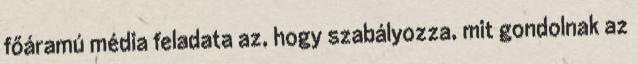
főáramú média feladata az, hogy szabályozza, mit gondolnak az